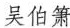
吴伯箫